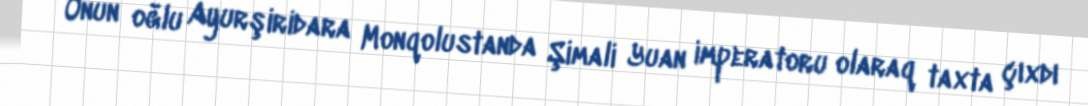
Onun oğlu Ayurşiridara Monqolustanda Şimali Yuan imperatoru olaraq taxta çıxdı